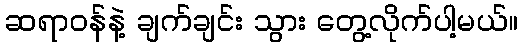
ဆရာဝန်နဲ့ ချက်ချင်း သွား တွေ့လိုက်ပါ့မယ်။